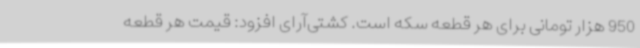
950 هزار تومانی برای هر قطعه سکه است. کشتی‌آرای افزود: قیمت هر قطعه